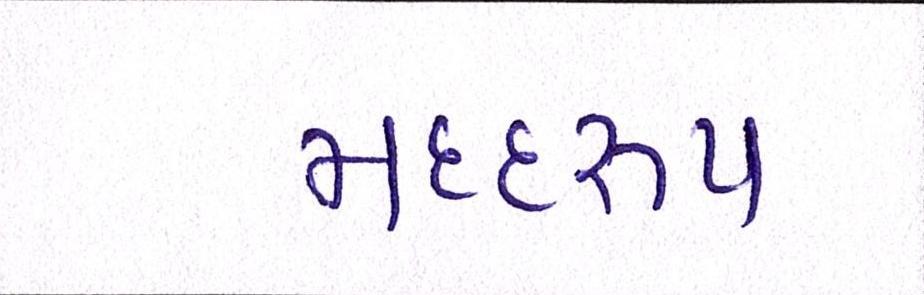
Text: મદદરુપ